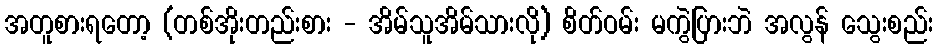
အတူစားရတော့ (တစ်အိုးတည်းစား - အိမ်သူအိမ်သားလို) စိတ်ဝမ်း မကွဲပြားဘဲ အလွန် သွေးစည်း